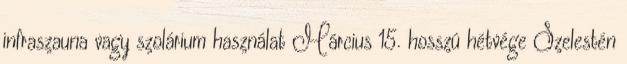
infraszauna vagy szolárium használat Március 15. hosszú hétvége Szelestén